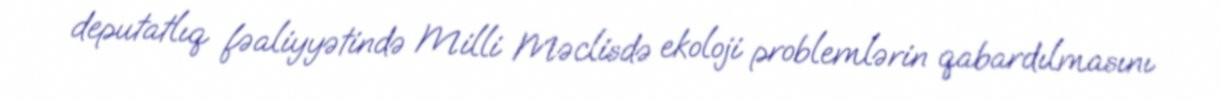
deputatlıq fəaliyyətində Milli Məclisdə ekoloji problemlərin qabardılmasını